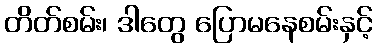
တိတ်စမ်း၊ ဒါတွေ ပြောမနေစမ်းနှင့်